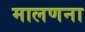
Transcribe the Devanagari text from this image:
मालणना